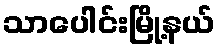
သာပေါင်းမြို့နယ်